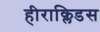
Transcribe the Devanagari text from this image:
हीराक्लिडस